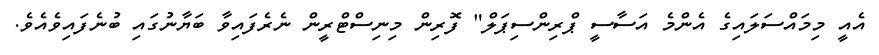
އެއީ މިމައްސަލައިގެ އެންމެ އަސާސީ ޕްރިންސިޕަލް" ފޮރިން މިނިސްޓްރީން ނެރެފައިވާ ބަޔާނުގައި ބުނެފައިވެއެވެ.